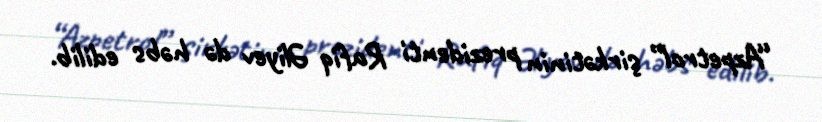
“Azpetrol” şirkətinin prezidenti Rafiq Əliyev də həbs edilib.